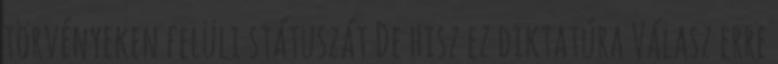
törvényeken felüli státuszát De hisz ez diktatúra Válasz erre